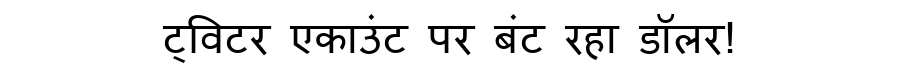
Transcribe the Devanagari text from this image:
ट्विटर एकाउंट पर बंट रहा डॉलर!